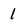
Character: 1